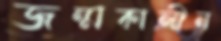
জন্মকালীন